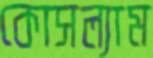
কোসল্যাম